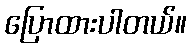
ပြောထားပါတယ်။